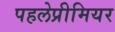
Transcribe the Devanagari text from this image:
पहलेप्रीमियर